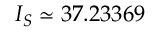
I _ { S } \simeq 3 7 . 2 3 3 6 9